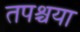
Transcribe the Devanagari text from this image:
तपश्चया